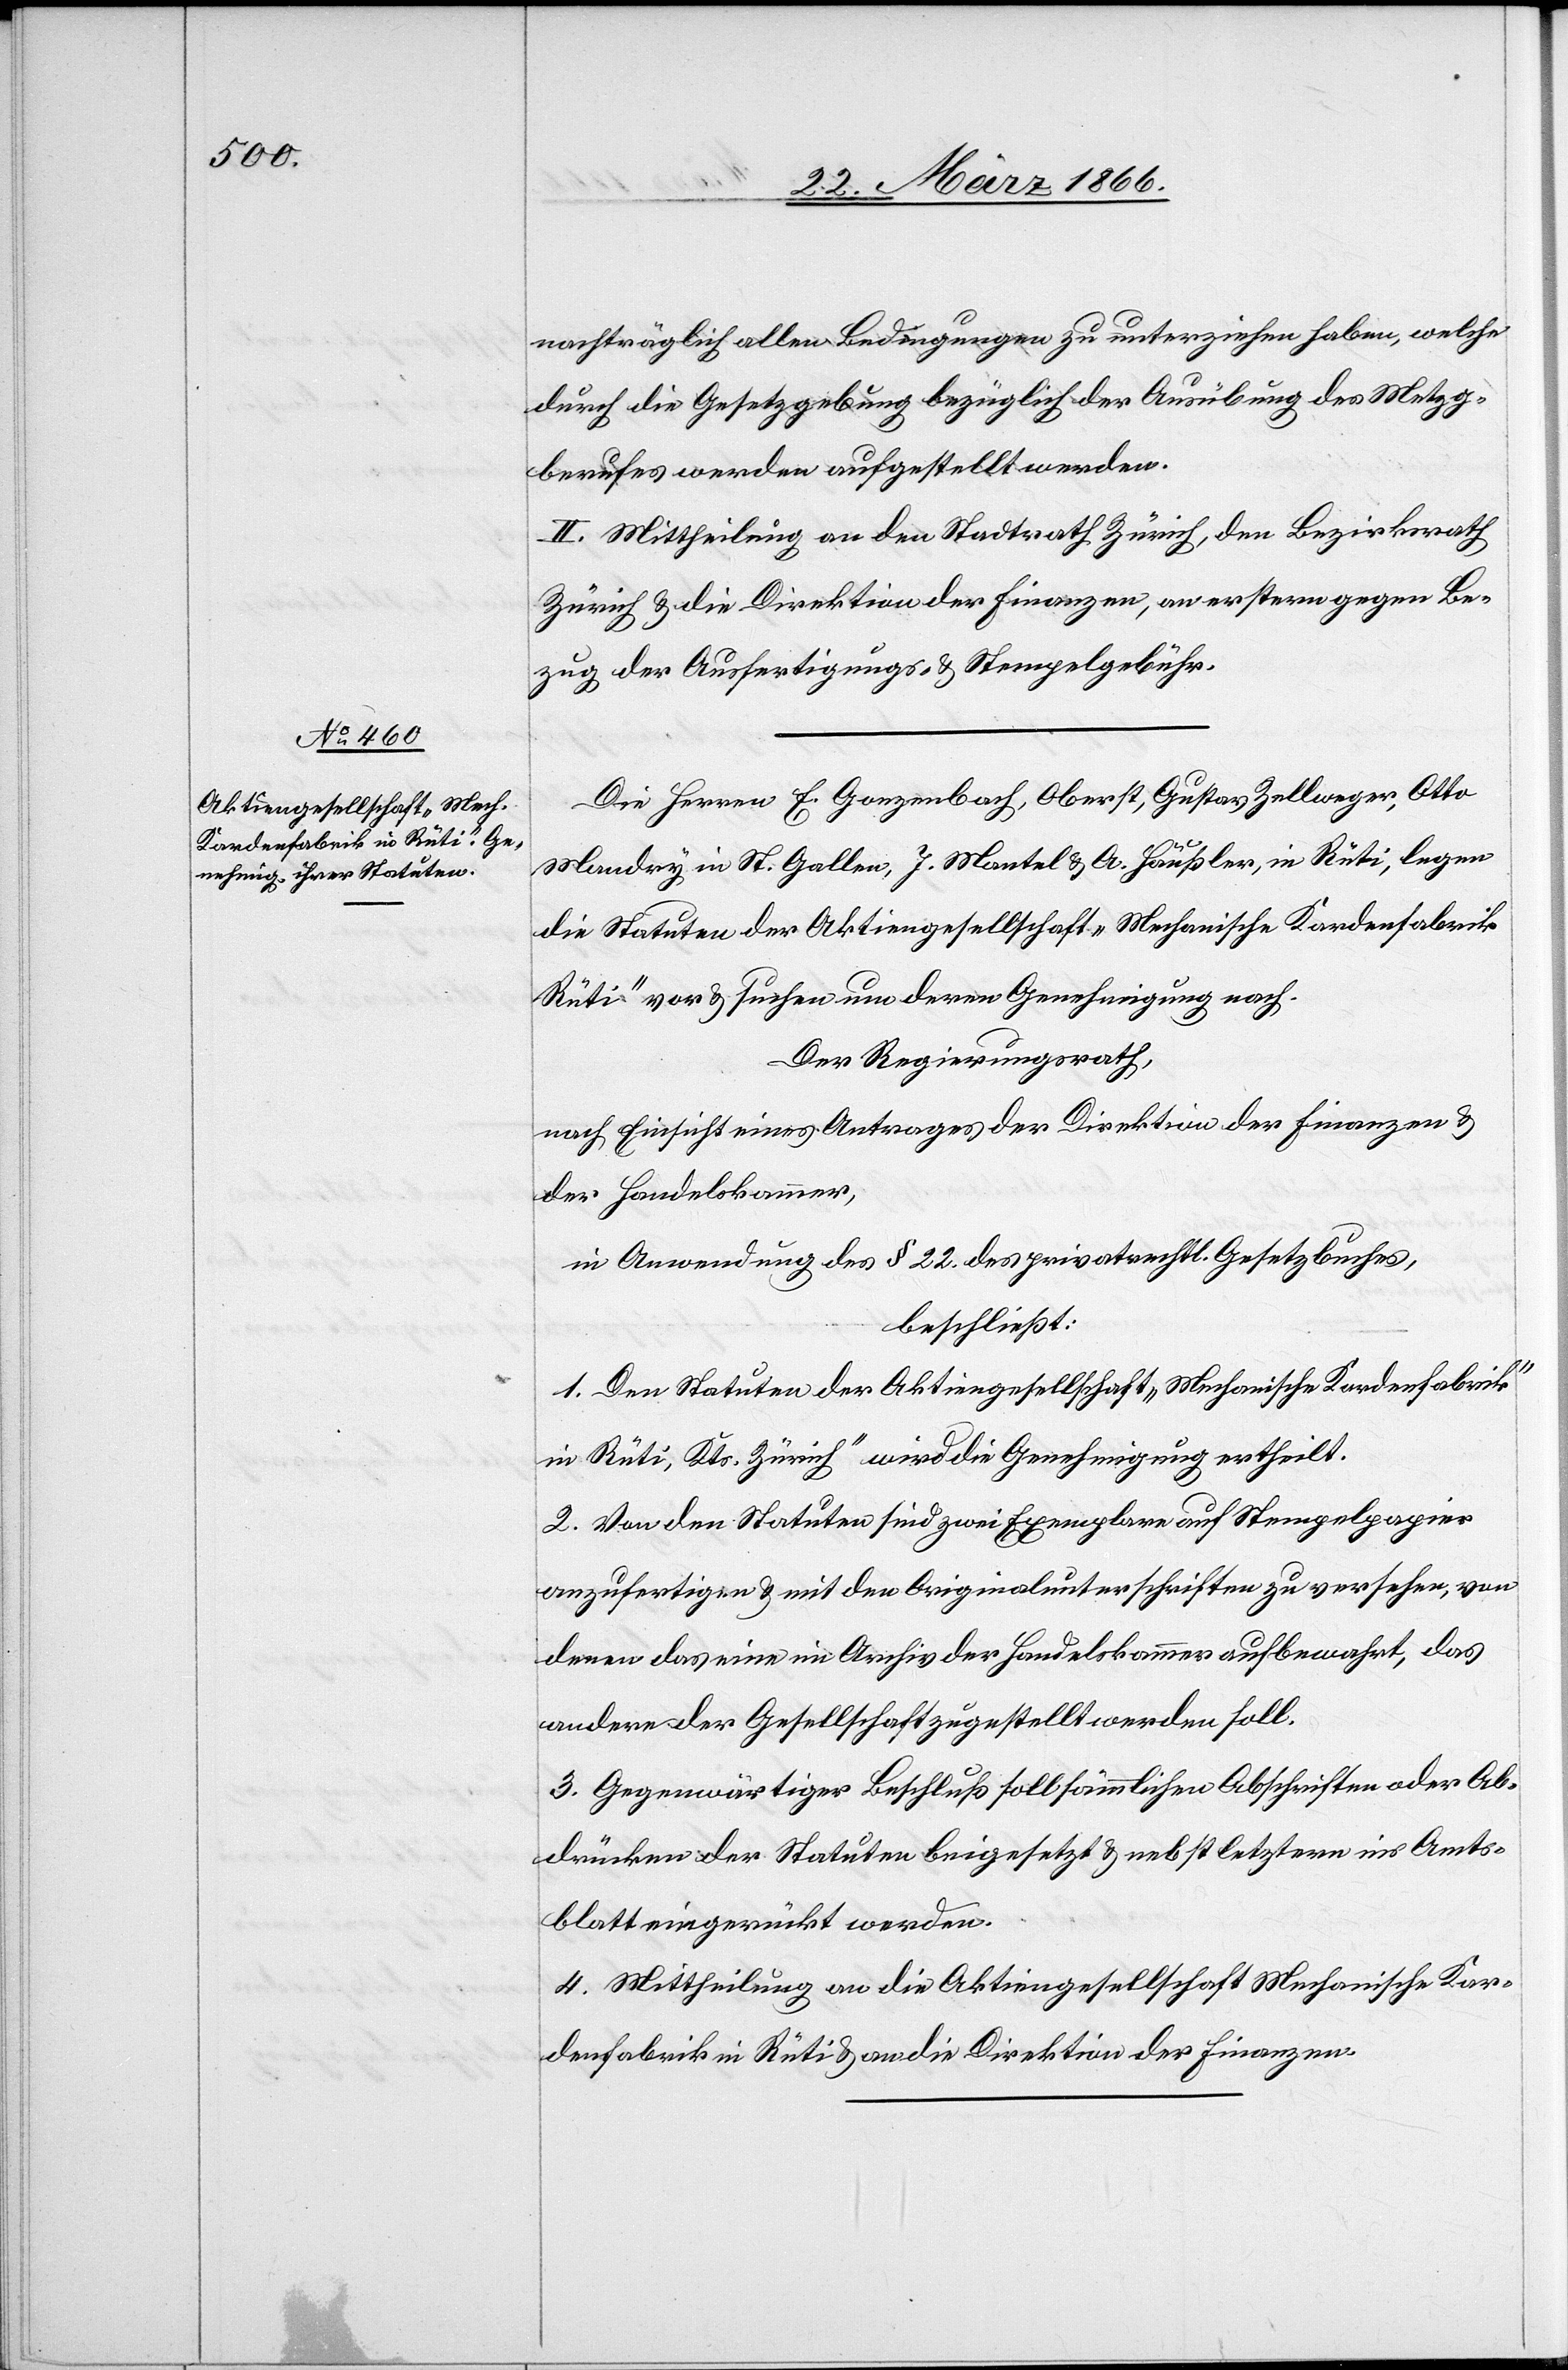
nachträglich allen Bedingungen zu unterziehen haben, welche
durch die Gesetzgebung bezüglich der Ausübung des Metzg¬
berufes werden aufgestellt werden.
II. Mittheilung an den Stadtrath Zürich, den Bezirksrath
Zürich u. die Direktion der Finanzen, an erstern gegen Be¬
zug der Ausfertigungs- u. Stempelgebühr.
Die Herren E. Gonzenbach, Oberst, Gustav Zellweger, Otto
Mandry in St. Gallen, J. Mantel u. A Häußler, in Rüti, legen
die Statuten der Aktiengesellschaft „Mechanische Kardenfabrik
Rüti“ vor u. suchen um deren Genehmigung nach.
Der Regierungsrath,
nach Einsicht eines Antrages der Direktion der Finanzen u.
der Handelskammer,
in Anwendung des § 22 des privatrechtlichen Gesetzbuches,
beschließt:
1. Den Statuten der Aktiengesellschaft „Mechanische Kardenfabrik
in Rüti, Kts. Zürich“ wird die Genehmigung ertheilt.
2. Von den Statuten sind zwei Exemplare auf Stempelpapier
anzufertigen u. mit den Originalunterschriften zu versehen, von
denen das eine im Archiv der Handelskammer aufbewahrt, das
andere der Gesellschaft zugestellt werden soll.
3. Gegenwärtiger Beschluß soll sämm[t]lichen Abschriften oder Ab¬
drücken der Statuten beigesetzt u. nebst letztern ins Amts¬
blatt eingerückt werden.
4. Mittheilung an die Aktiengesellschaft Mechanische Kar¬
denfabrik in Rüti u. an die Direktion der Finanzen.